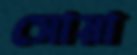
সোয়া